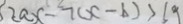
2 a x - 7 ( x - b ) > b 9